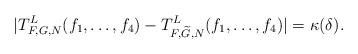
LaTeX: \begin{align*}\vert T_{F,G,N}^L(f_1,\dots,f_4) - T_{F,\widetilde{G},N}^L(f_1,\dots,f_4)\vert = \kappa(\delta).\end{align*}